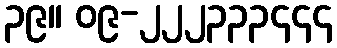
၃၉။ ၀၉-၂၂၂၃၃၃၄၄၄